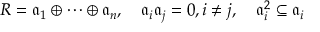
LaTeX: R = { \mathfrak { a } } _ { 1 } \oplus \cdots \oplus { \mathfrak { a } } _ { n } , \quad { \mathfrak { a } } _ { i } { \mathfrak { a } } _ { j } = 0 , i \neq j , \quad { \mathfrak { a } } _ { i } ^ { 2 } \subseteq { \mathfrak { a } } _ { i }